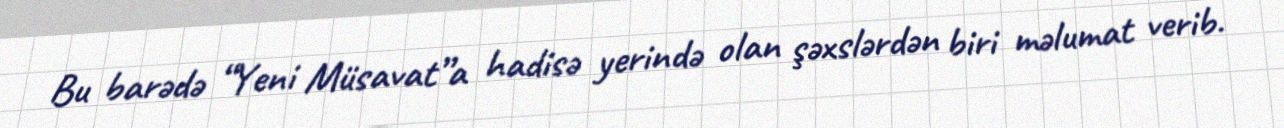
Bu barədə “Yeni Müsavat”a hadisə yerində olan şəxslərdən biri məlumat verib.